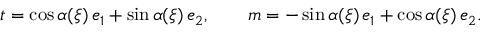
\boldsymbol { t } = \cos \alpha ( \xi ) \, \boldsymbol { e } _ { 1 } + \sin \alpha ( \xi ) \, \boldsymbol { e } _ { 2 } , \qquad \boldsymbol { m } = - \sin \alpha ( \xi ) \, \boldsymbol { e } _ { 1 } + \cos \alpha ( \xi ) \, \boldsymbol { e } _ { 2 } .